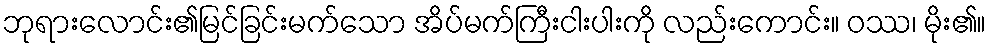
ဘုရားလောင်း၏မြင်ခြင်းမက်သော အိပ်မက်ကြီးငါးပါးကို လည်းကောင်း။ ဝဿ၊ မိုး၏။